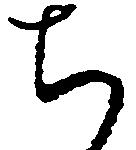
ち